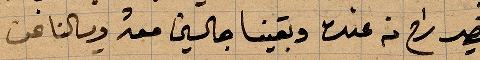
قصير راح من عنده وبقينا جالسين معه وسألنا عن